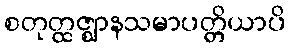
စတုတ္ထဇ္ဈာနသမာပတ္တိယာပိ